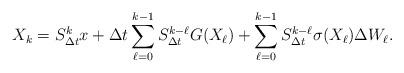
LaTeX: \begin{align*}X_k=S_{\Delta t}^{k}x+\Delta t\sum_{\ell=0}^{k-1}S_{\Delta t}^{k-\ell}G(X_{\ell})+\sum_{\ell=0}^{k-1}S_{\Delta t}^{k-\ell}\sigma(X_\ell)\Delta W_\ell.\end{align*}